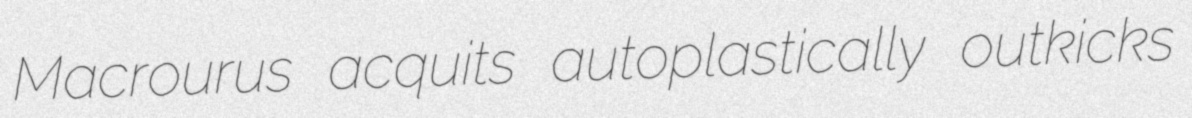
Macrourus acquits autoplastically outkicks